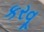
કરવૂ